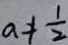
a \neq \frac { 1 } { 2 }